Laimjala_vallavalitsus, lk 20
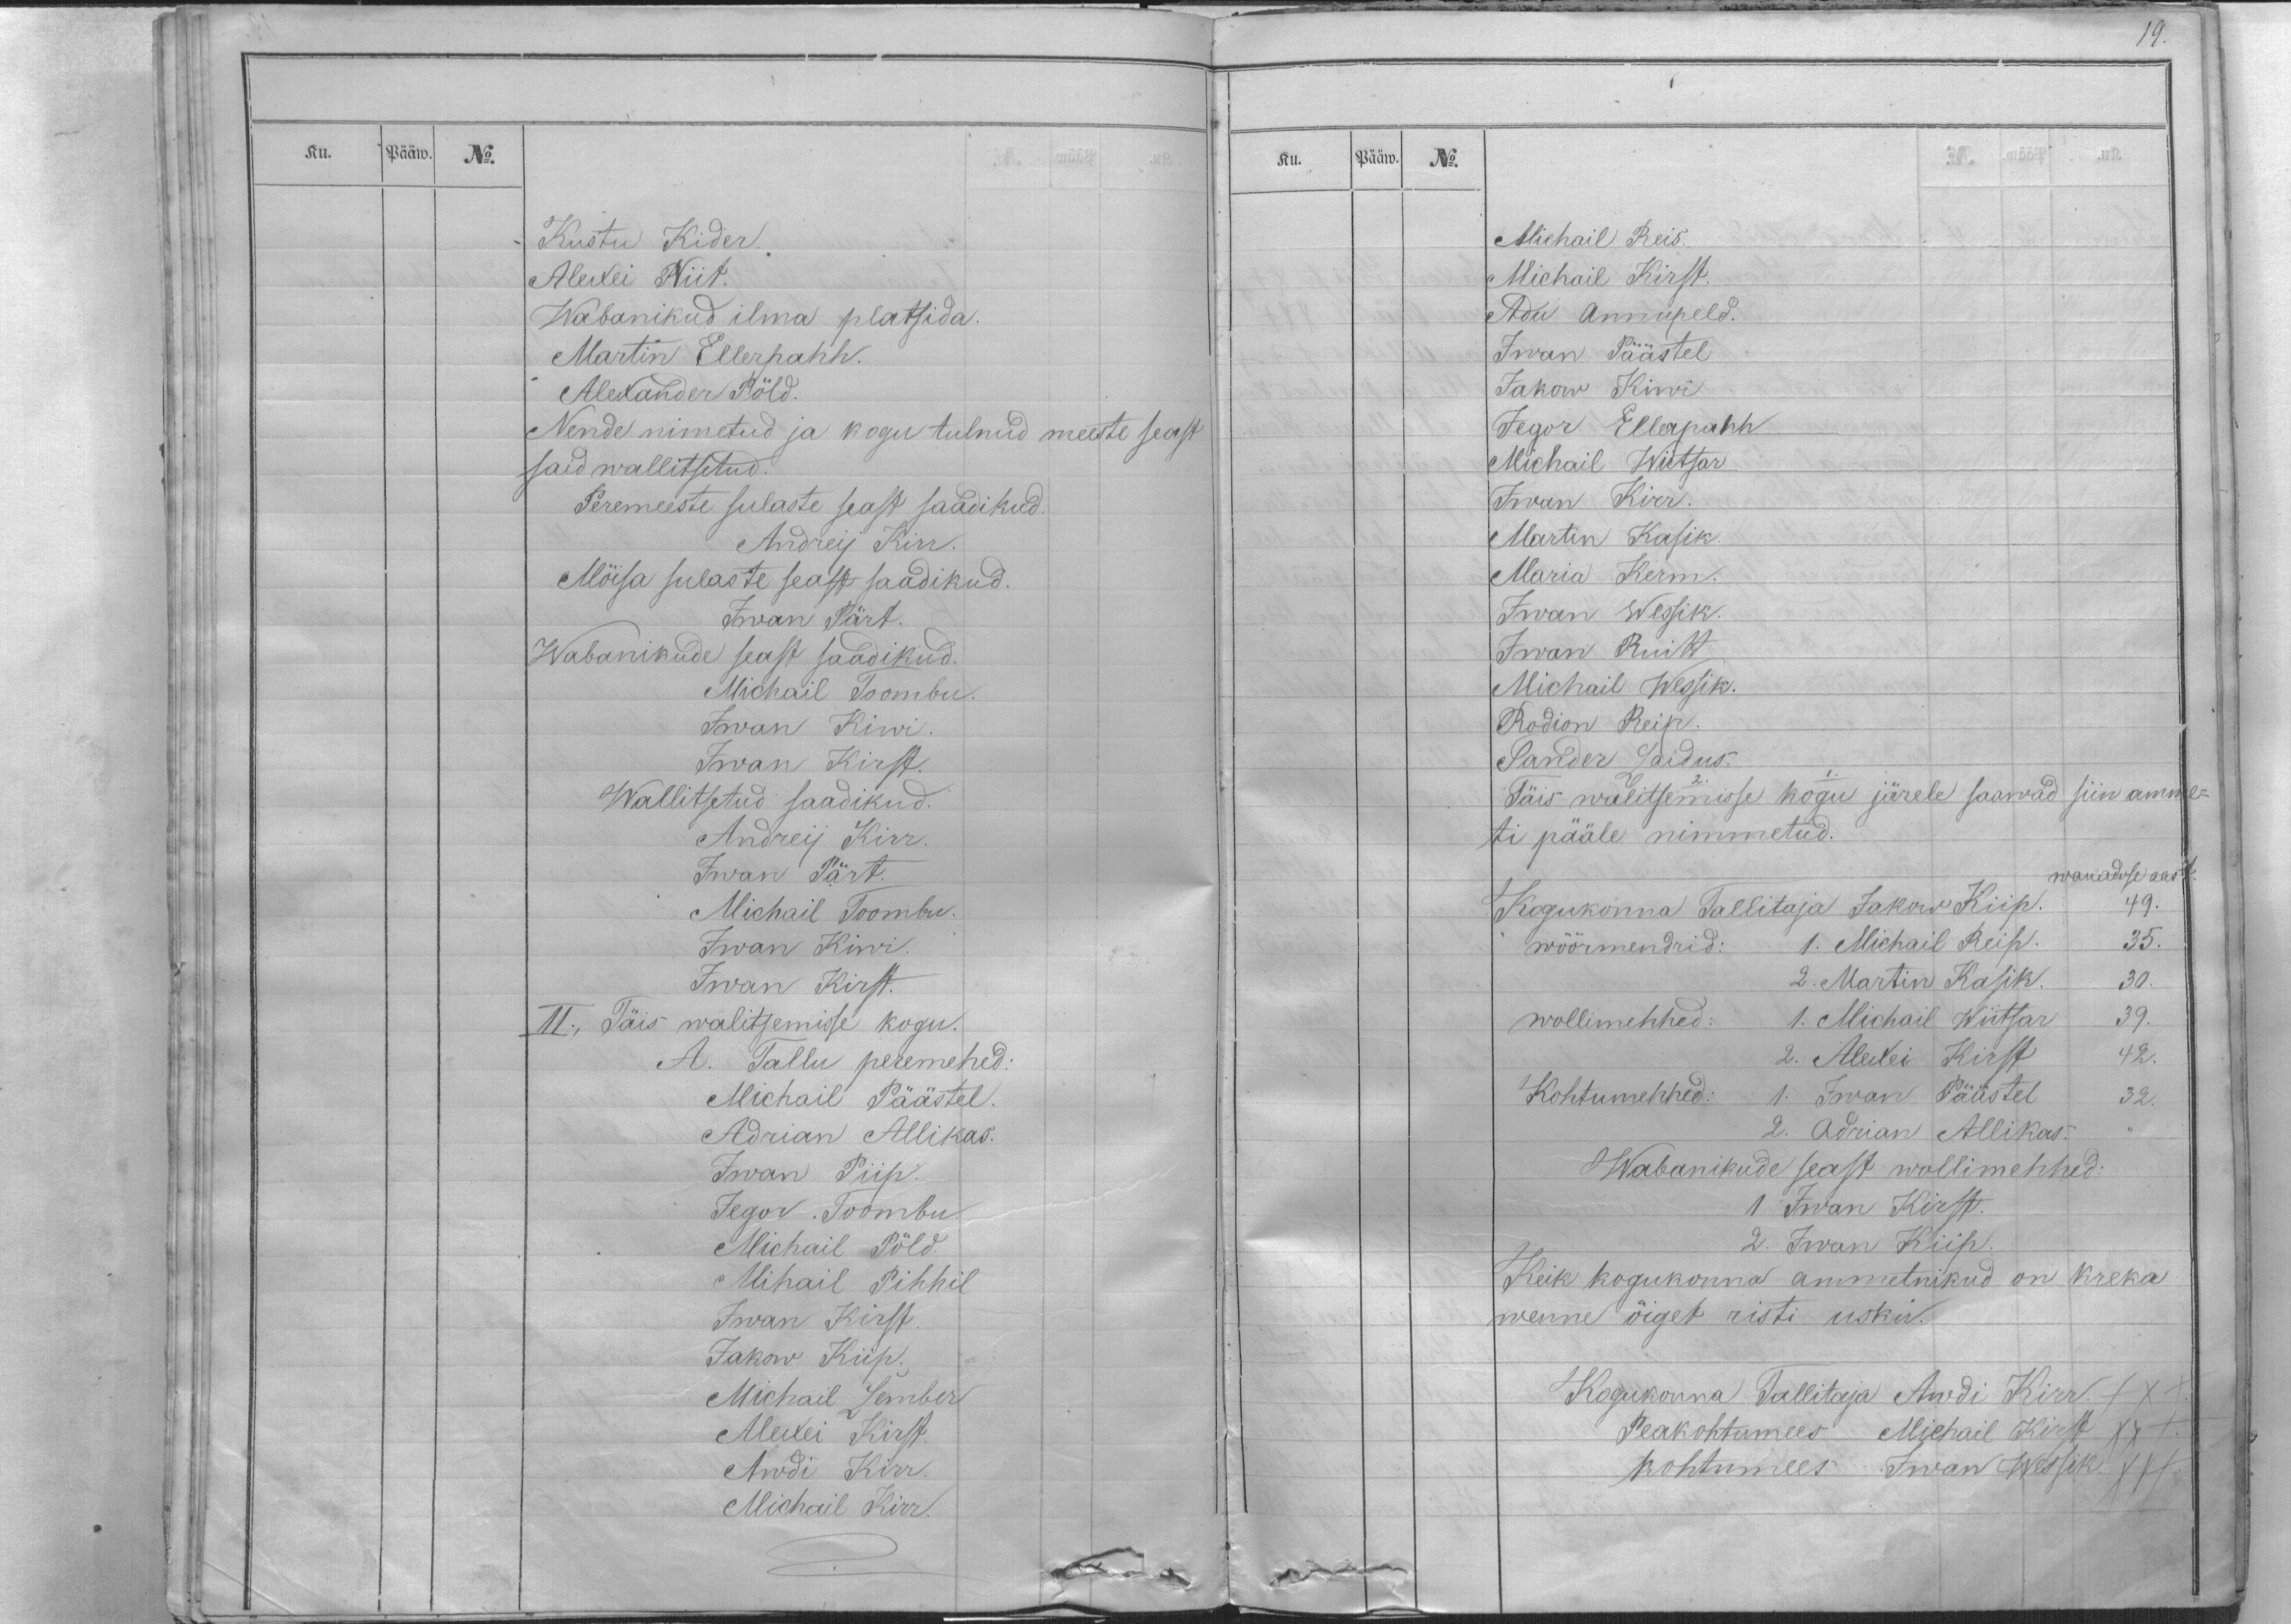
Ku.
Pääw.
No.
Kustu Kider
Alexei Niit.
Wabanikud ilma platsida.
Martin Ellerpahh.
Alexander Põld.
Nende nimetud ja kogu tulnud meeste seast
said wallitsetud.
Peremeeste sulaste seast saadikud.
Andreij Kirr.
Mõisa sulaste seast saadikud.
Iwan Pärt
Wabanikude seast saadikud.
Michail Toombu.
Iwan Kiwi.
Iwan Kirst.
Wallitsetud saadikud.
Andreij Kirr.
Iwan Pärt
Michail Toombu.
Iwan Kiwi
Iwan Kirst.
II., Täis walitsemisse kogu.
A. Tallu peremehed:
Michail Päästel.
Adrian Allikas.
Iwan Piip.
Jegor Toombu.
Michail Põld.
Mihail Pihhil
Iwan Kirst.
Jakow Kiip.
Michail Lember
Alexei Kirst.
Awdi Kirr.
Michail Kirr.

19.
Ku.
Pääw.
No.
Michail Reis.
Michail Kirst.
Adu Annupeld.
Iwan Päästel
Jakow Kiwi
Jegor Ellerpahh
Michail Wiitsar
Iwan Kirr.
Martin Kasik.
Maria Kerm.
Iwan Wessik.
Iwan Ruitt
Michail Wessik.
Rodion Reip.
Sander Laidus.
Täis walitsemisse kogu järele saawad siin amme-
ti pääle nimmetud.
wanaduse aast.
Kogukonna Tallitaja Jakow Kiip. 49.
wöörmendrid:
1. Michail Reip. 35.
2. Martin Kasik. 30.
wollimehhed:
1. Michail Wiitsar 39.
2. Alexei Kirst 42.
Kohtumehhed:
1. Iwan Päästel 32.
2. Adrian Allikas. ,,
Wabanikude seast wollimehhed:
1 Iwan Kirst.
2. Iwan Kiip.
Keik kogukonna ammetnikud on kreka
wenne õiget risti usku.
Kogukonna Tallitaja Awdi Kirr. XXX
Peakohtumees Michail Kirst XXX
Kohtumees Iwan Wessik. XXX